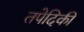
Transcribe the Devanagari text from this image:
तपेदिकी